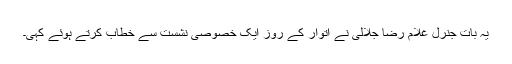
یہ بات جنرل غلام رضا جلالی نے اتوار کے روز ایک خصوصی نشست سے خطاب کرتے ہوئے کہی۔